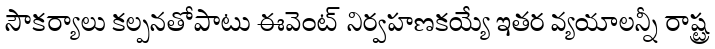
సౌకర్యాలు కల్పనతోపాటు ఈవెంట్ నిర్వహణకయ్యే ఇతర వ్యయాలన్నీ రాష్ట్ర